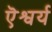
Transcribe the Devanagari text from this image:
ऎश्वर्य